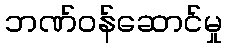
ဘဏ်ဝန်ဆောင်မှု